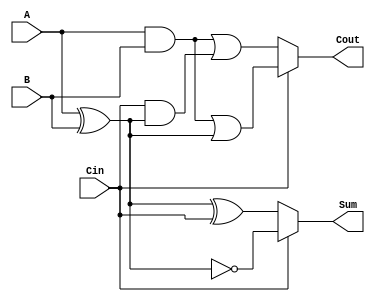
module ConditionalSumFullAdder (
    input wire A,      // First binary input
    input wire B,      // Second binary input
    input wire Cin,    // Carry input
    output wire Sum,   // Sum output
    output wire Cout   // Carry output
);
    // Intermediate signals
    wire Sum0, Sum1;
    wire Cout0, Cout1;

    // Calculate Sum0 and Cout0 assuming Cin is 0
    assign Sum0 = A ^ B ^ Cin;
    assign Cout0 = (A & B) | (Cin & (A ^ B));

    // Calculate Sum1 and Cout1 assuming Cin is 1
    assign Sum1 = A ^ B ^ 1'b1; // Same as (A ^ B) ^ 1
    assign Cout1 = (A & B) | ((A ^ B) & 1'b1); // Same as (A & B) | (A ^ B)

    // Multiplexer to select outputs based on Cin
    assign Sum = (Cin) ? Sum1 : Sum0;
    assign Cout = (Cin) ? Cout1 : Cout0;

endmodule